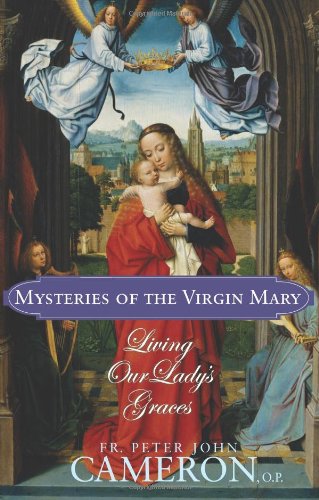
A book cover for Mysteries of the Virgin Mary: Living our Lady's Graces; Peter John Cameron; Christian Books & Bibles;